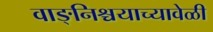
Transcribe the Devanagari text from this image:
वाङ्‌निश्चयाच्यावेळी